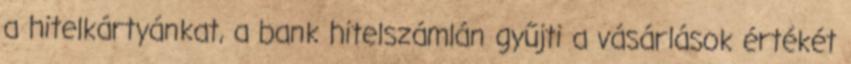
a hitelkártyánkat, a bank hitelszámlán gyűjti a vásárlások értékét